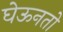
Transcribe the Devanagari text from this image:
घेऊनतो